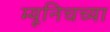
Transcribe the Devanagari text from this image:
म्यूनिचच्या